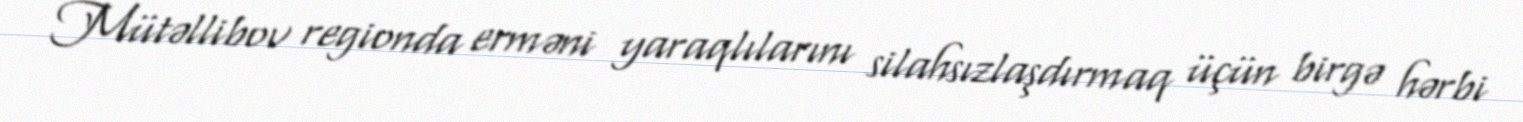
Mütəllibov regionda erməni yaraqlılarını silahsızlaşdırmaq üçün birgə hərbi